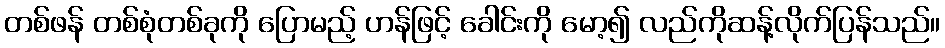
တစ်ဖန် တစ်စုံတစ်ခုကို ပြောမည့် ဟန်ဖြင့် ခေါင်းကို မော့၍ လည်ကိုဆန့်လိုက်ပြန်သည်။